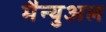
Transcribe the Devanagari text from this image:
मैन्‍युअल